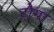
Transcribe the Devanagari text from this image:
टोगा